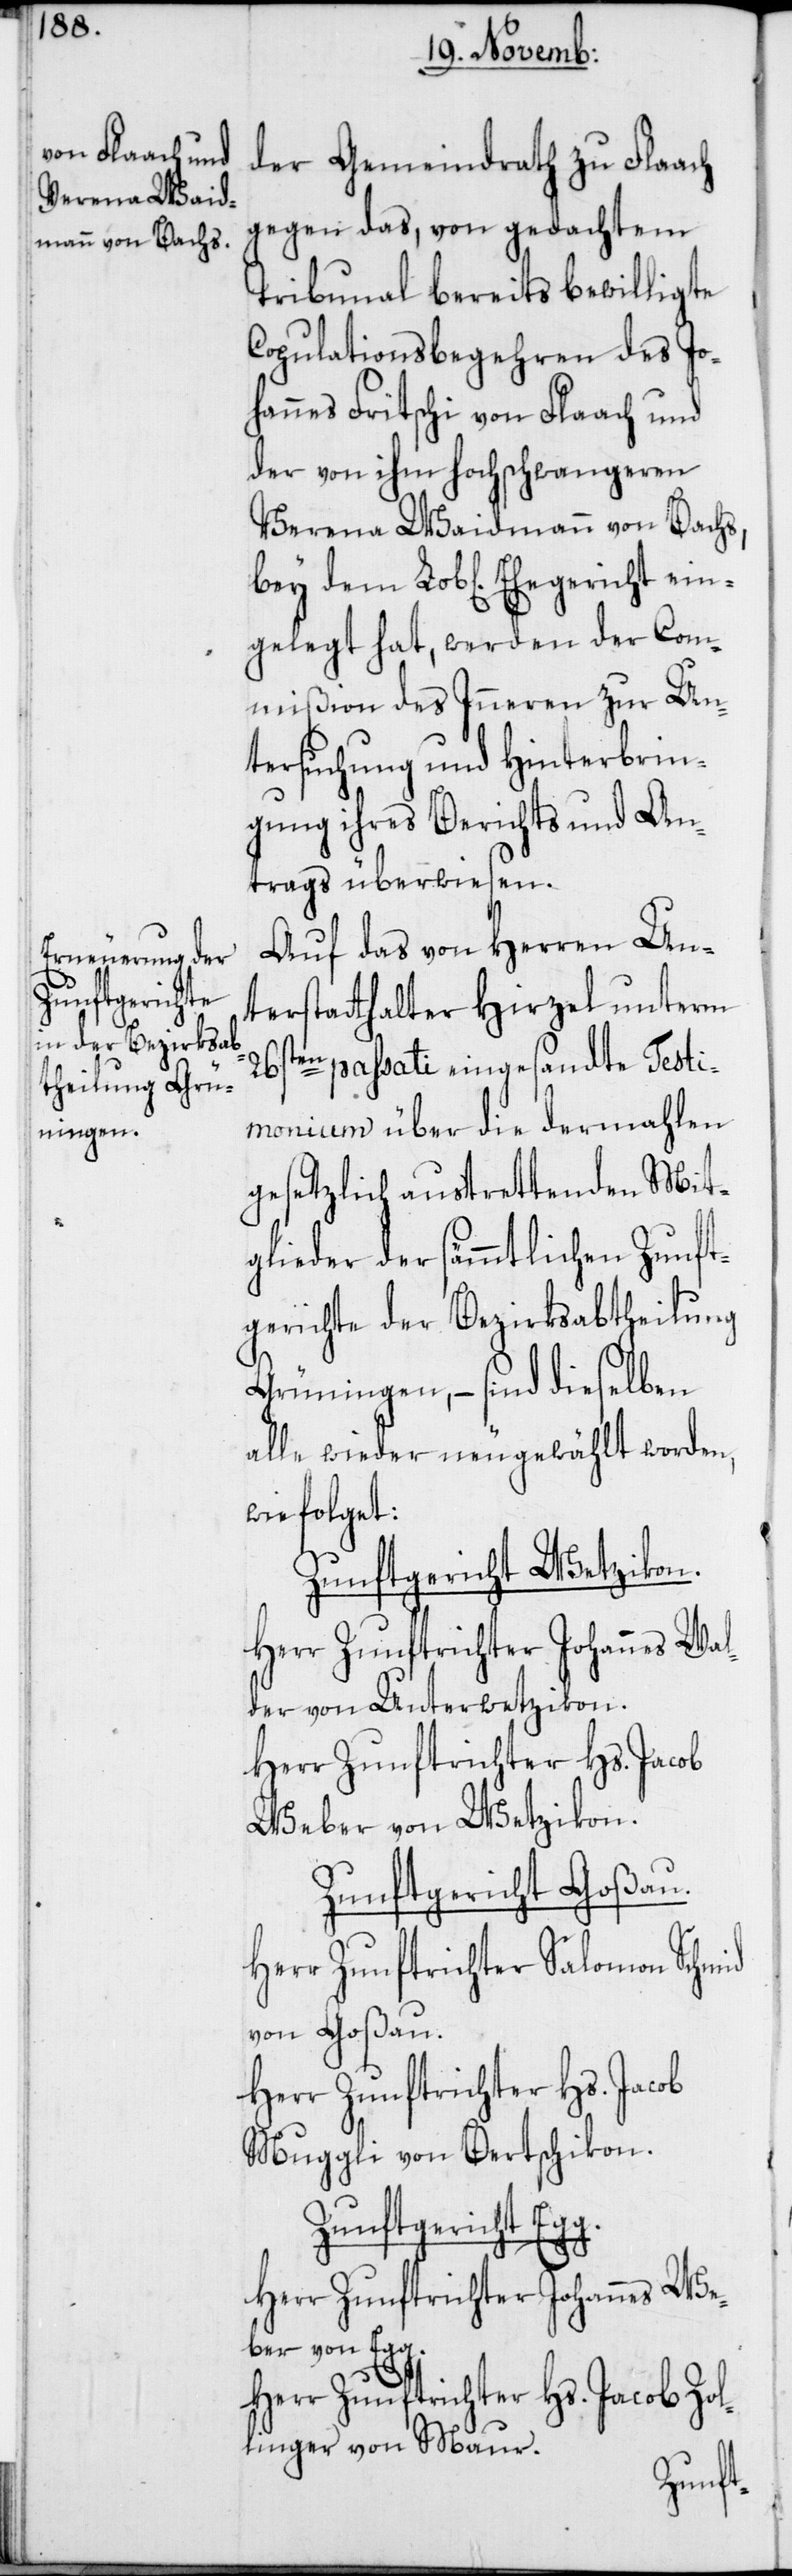
der Gemeindrath zu Flaach
gegen das, von gedachtem
Tribunal bereits bewilligte
Copulationsbegehren des Jo¬
hannes Fritschi von Flaach und
der von ihm hochschwangeren
Verena Waidmann von Bachs,
gelegt hat, werden der Com¬
mißion des Inneren zur Un¬
tersuchung und Hinterbrin¬
gung ihres Berichts und An¬
trags überwiesen.
Auf das von Herren Un¬
terstatthalter Hirzel unterm
26sten passati eingesandte Testi¬
monium über die dermahlen
gesetzlich austrettenden Mit¬
glieder der sämmtlichen Zunft¬
gerichte der Bezirksabtheilung
Grüningen, – sind dieselben
alle wieder neugewählt worden,
wie folget:
Zunftgericht Wetzikon.
Herr Zunftrichter Johannes Wal¬
der von Unterwetzikon.
Herr Zunftrichter Hs. Jacob
Weber von Wetzikon.
Zunftgericht Goßau.
Herr Zunftrichter Salomon Schmid
von Goßau.
Herr Zunftrichter Hs. Jacob
Muggli von Bertschikon.
Zunftgericht Eg¬
g.
Herr Zunftrichter Johannes We¬
ber von Egg.
Herr Zunftrichter Hs. Jacob Zol¬
linger von Maur.